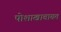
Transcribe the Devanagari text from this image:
पोशाखाबाबत